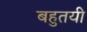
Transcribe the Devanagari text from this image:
बहुतयी